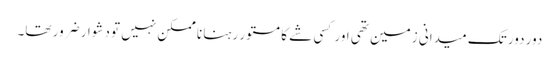
دور دور تک میدانی زمین تھی اور کسی شے کا مستور رہنا نا ممکن نہیں تو دشوار ضرور تھا۔